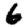
Digit: 6